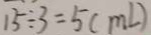
1 5 \div 3 = 5 ( m l )